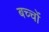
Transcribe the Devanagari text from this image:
बच्चोंं